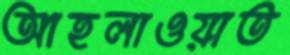
আহলাওয়াত